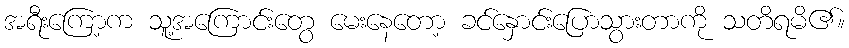
အရီးကြော့က သူ့အကြောင်းတွေ မေးနေတော့ ခင်နှောင်းပြောသွားတာကို သတိရမိ၏။